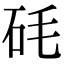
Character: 𥐽